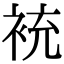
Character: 䘪